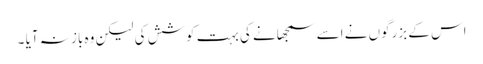
اس کے بزرگوں نے اسے سمجھانے کی بہت کوشش کی لیکن وہ باز نہ آیا ۔